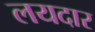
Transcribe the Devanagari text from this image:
लयदार